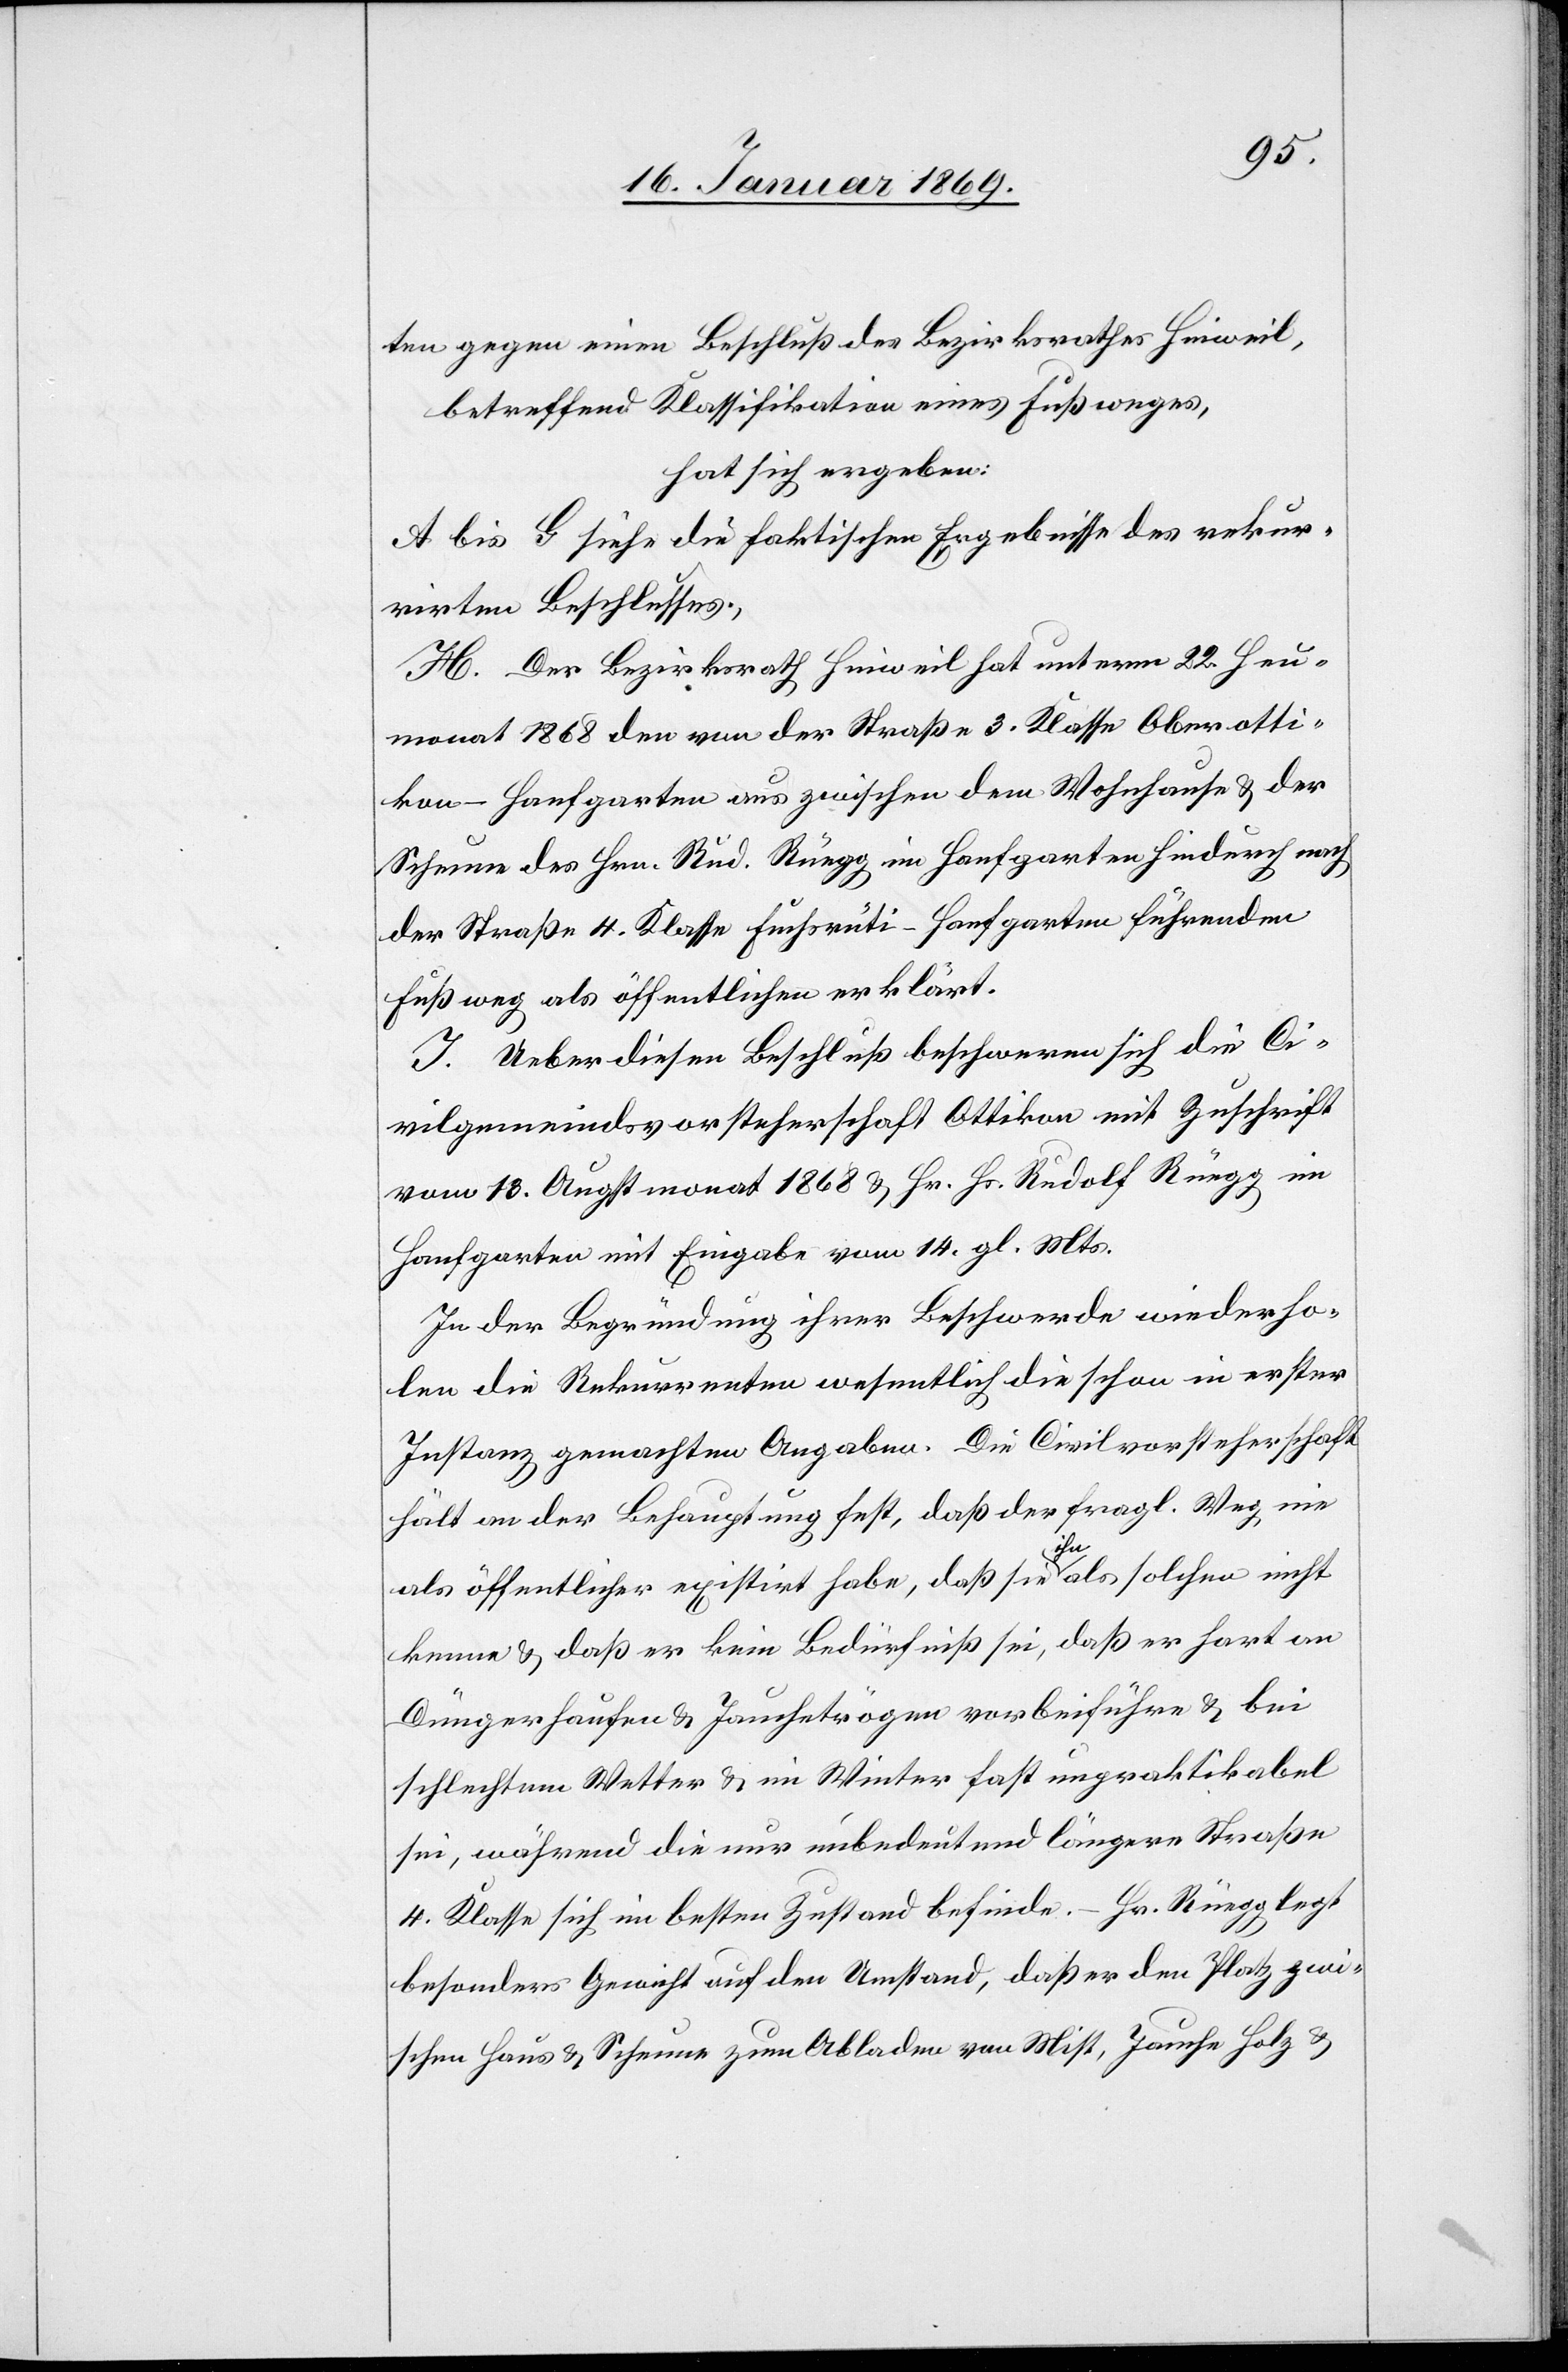
ten gegen einen Beschluß des Bezirksrathes Hinweil,
betreffend Klassifikation eines Fußweges,
hat sich ergeben:
A bis G siehe die faktischen Ergebnisse des rekur¬
rirten Beschlusses.
H. Der Bezirksrath Hinweil hat unterm 22. Heu¬
monat 1868 den von der Straße 3. Klasse Oberotti¬
kon–Hanfgarten aus zwischen dem Wohnhause u. der
Scheune des Hrn. Rud. Rüegg in Hanfgarten hindurch nach
der Straße 4. Klasse Fuchsrüti–Hanfgarten führenden
Fußweg als öffentlichen erklärt.
J. Ueber diesen Beschluß beschweren sich die Ci¬
vilgemeindsvorsteherschaft Ottikon mit Zuschrift
vom 18. Augstmonat 1868 u. Hr. Hs. Rudolf Rüegg im
Hanfgarten mit Eingabe vom 14. gl. Mts.
In der Begründung ihrer Beschwerde wiederho¬
len die Rekurrenten wesentlich die schon in erster
Instanz gemachten Angaben. Die Civilvorsteherschaft
hält an der Behauptung fest, daß der fragl. Weg nie
als öffentlicher existirt habe, daß sie ihn als solchen nicht
kenne u. daß er kein Bedürfniß sei, daß er hart an
Düngerhaufen u. Jauchetrögen vorbeiführe u. bei
schlechtem Wetter u. im Winter fast unpraktikabel
sei, während die nur unbedeutend längere Straße
4. Klasse sich im besten Zustand befinde. – Hr. Rüegg legt
besonders Gewicht auf den Umstand, daß er den Platz zwi¬
schen Haus u. Scheune zum Abladen von Mist, Jauche Holz u.